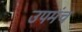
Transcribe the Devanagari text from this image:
उपमंच